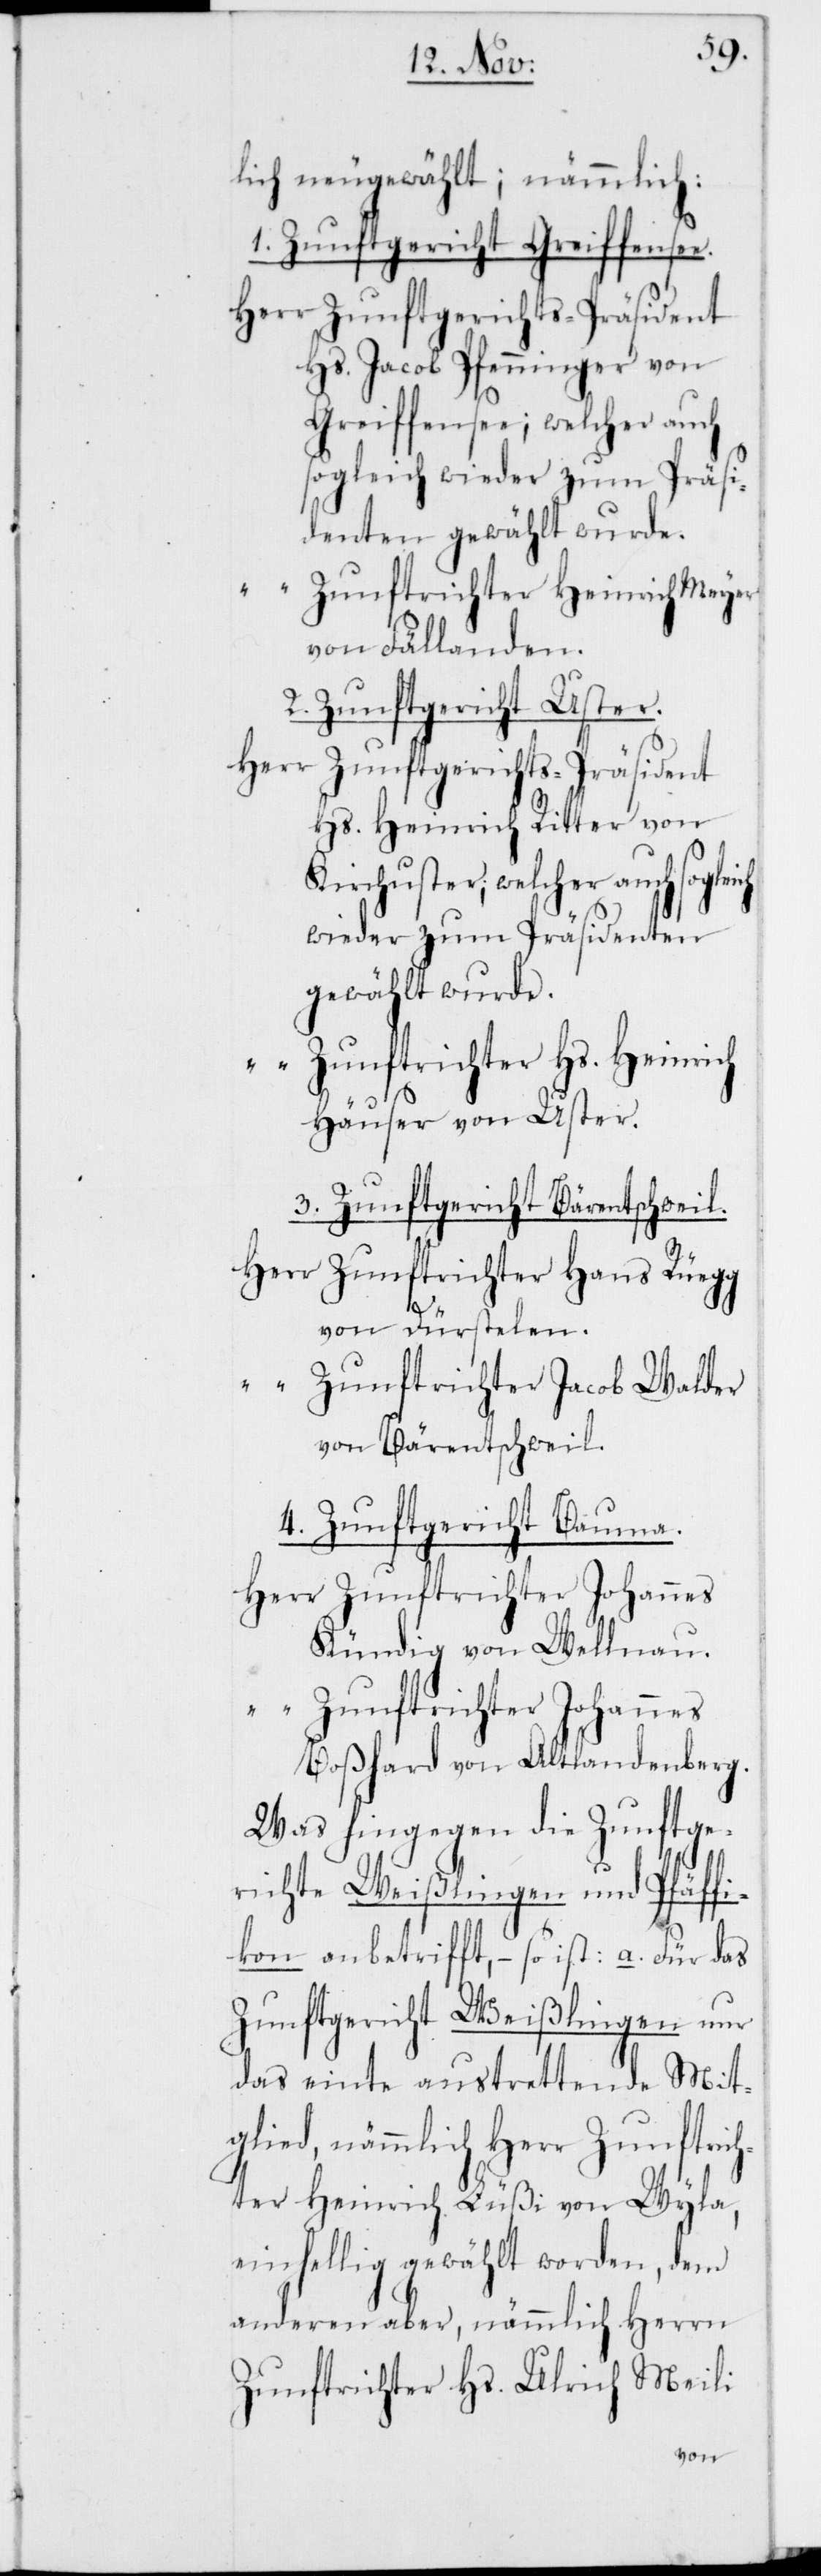
tlich neugewählt; nämmlich:
1. Zunftgericht Greifensee.
Hs. Jacob Pfenninger von
Greifensee; welcher auch
sogleich wieder zum Präsi¬
denten gewählt wurde.
Zunftrichter Heinrich Meyer
von Fällanden.
2. Zunftgericht Uster.
Herr
Zunftgerichts-Präsident
Hs. Heinrich Ritter von
Kirchuster; welcher auch sogleich
wieder zum Präsidenten
gewählt wurde.
Zunftrichter Hs. Heinrich
Häuser von Uster.
3. Zunftgericht Bäretschweil.
Zunftrichter Hans Rüegg
von Dürstelen
Zunftrichter Jacob Walder
von Bäretschweil.
4. Zunftgericht Bauma.
Kündig von Wellnau.
Zunftrichter Johannes
Boßhard von Altlandenberg.
Was hingegen die Zunftge¬
richte Weißlingen und Pfäff¬
ikon anbetrifft, – so ist:
Zunftgericht Weißlingen nur
das einte austrettende Mit¬
glied, nämmlich Herr Zunftrich¬
ter Heinrich Lüßi von Wyla,
einhellig gewählt worden, dem
anderen aber, nämmlich Herrn
Zunftrichter Hs. Ulrich Meili